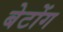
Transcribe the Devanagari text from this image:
बेटोंग